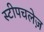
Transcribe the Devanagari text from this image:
स्टीपचलेज़